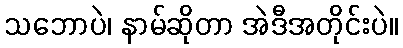
သဘောပဲ၊ နာမ်ဆိုတာ အဲဒီအတိုင်းပဲ။